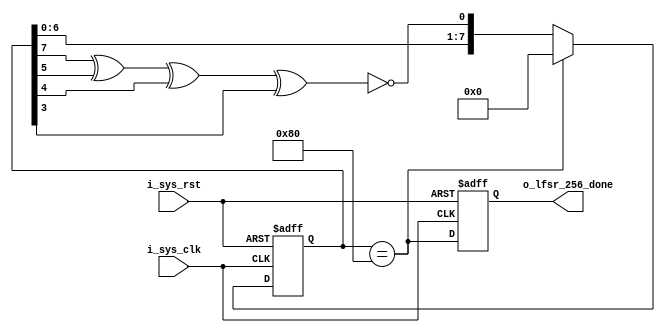
module lfsr_count255(
                     input i_sys_clk,
                     input i_sys_rst,
                     output reg o_lfsr_256_done);

    reg [7:0]                   lfsr_reg_i;
    wire                        lfsr_d0_i,lfsr_256_equal_i;

    xnor(lfsr_d0_i,lfsr_reg_i[7],lfsr_reg_i[5],lfsr_reg_i[4],lfsr_reg_i[3]);
    assign lfsr_256_equal_i = (lfsr_reg_i == 8'h80);
    //2D for 100us, 8'h05 for 125us, 8'h10 for 150us, 8'h80 gives 160us

    always @(posedge i_sys_clk,posedge i_sys_rst) begin
        if(i_sys_rst) begin
            lfsr_reg_i <= 0;
            o_lfsr_256_done <= 0;
        end
        else begin
            lfsr_reg_i <= lfsr_256_equal_i ? 8'h0 : {lfsr_reg_i[6:0],lfsr_d0_i};
            o_lfsr_256_done <= lfsr_256_equal_i;
        end
    end
endmodule